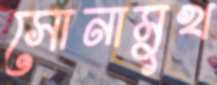
সোনামুখ